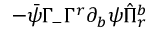
- \bar { \psi } \Gamma _ { - } \Gamma ^ { r } \partial _ { b } \psi \hat { \Pi } _ { r } ^ { b }